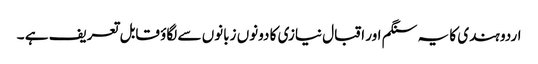
اردو ہندی کا یہ سنگم اور اقبال نیازی کا دونوں زبانوں سے لگاؤ قابل تعریف ہے ۔